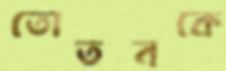
তোতনকে